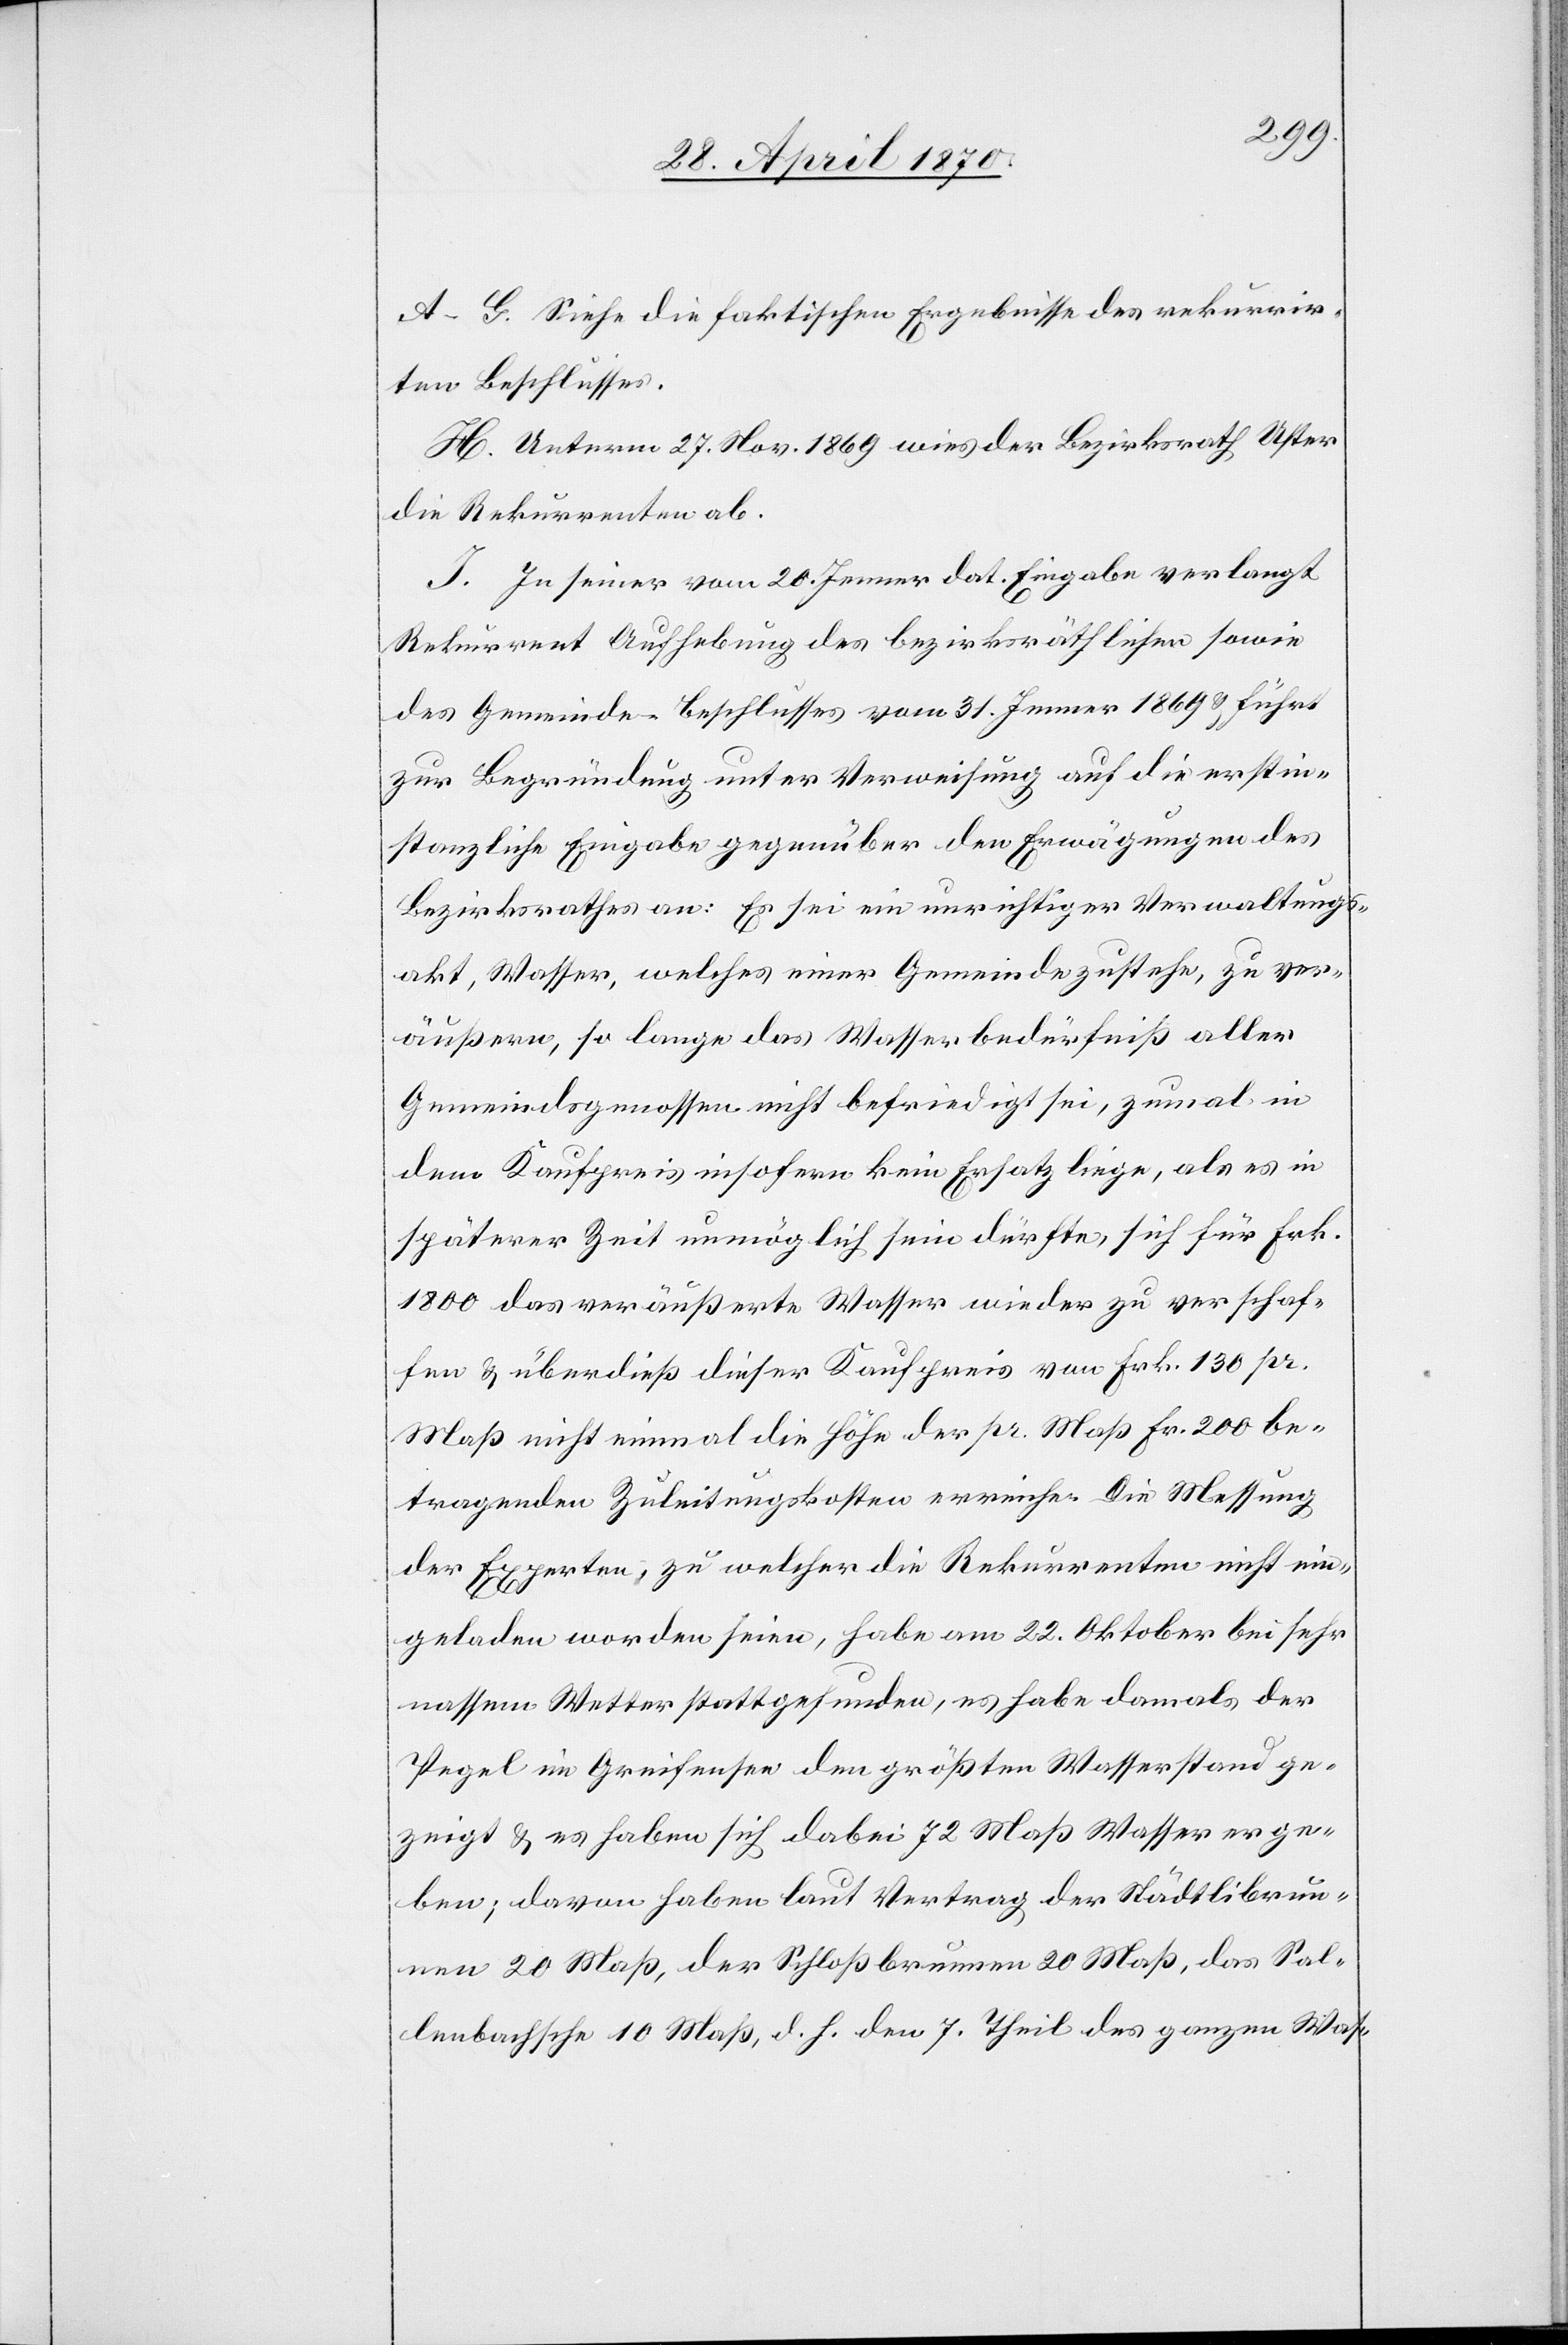
A–G. Siehe die faktischen Ergebnisse des rekurrir¬
ten Beschlusses.
H. Unterm 27. Nov. 1869 wies der Bezirksrath Uster
die Rekurrenten ab.
J. In seiner vom 20. Jenner dat. Eingabe verlangt
Rekurrent Aufhebung des bezirksräthlichen sowie
des Gemeinde- beschlusses [sic!] vom 31. Jenner 1869 & führt
zur Begründung unter Verweisung auf die erstin¬
stanzliche Eingabe gegenüber den Erwägungen des
Bezirksrathes an: Es sei ein unrichtiger Verwaltungs¬
akt, Wasser, welches einer Gemeinde zustehe, zu ver¬
äußern, so lange das Wasserbedürfniß aller
Gemeindsgenossen nicht befriedigt sei, zumal in
dem Kaufpreis insofern kein Ersatz liege, als es in
späterer Zeit unmöglich sein dürfte, sich für Frk.
1800 das veräußerte Wasser wieder zu verschaf¬
fen & überdieß dieser Kaufpreis von Frk. 130 pr.
Maß nicht einmal die Höhe der pr. Maß Fr. 200 be¬
tragenden Zuleitungskosten erreiche. Die Messung
der Experten, zu welcher die Rekurrenten nicht ein¬
geladen worden seien, habe am 22. Oktober bei sehr
nassem Wetter stattgefunden, es habe damals der
Pegel im Greifensee den größten Wasserstand ge¬
zeigt & es haben sich dabei 72 Maß Wasser erge¬
ben; davon haben laut Vertrag der Städtlibrun¬
nen 20 Maß, der Schloßbrunnen 20 Maß, das Sal¬
lenbachsche [sic!]10 Maß, d. h. den 7. Theil des ganzen Was-